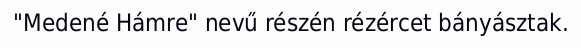
"Medené Hámre" nevű részén rézércet bányásztak.